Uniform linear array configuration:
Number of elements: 8
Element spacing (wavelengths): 0.5
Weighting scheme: hamming
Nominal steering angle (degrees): -30
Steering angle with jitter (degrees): -29.981
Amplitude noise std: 0.05
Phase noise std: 0.05

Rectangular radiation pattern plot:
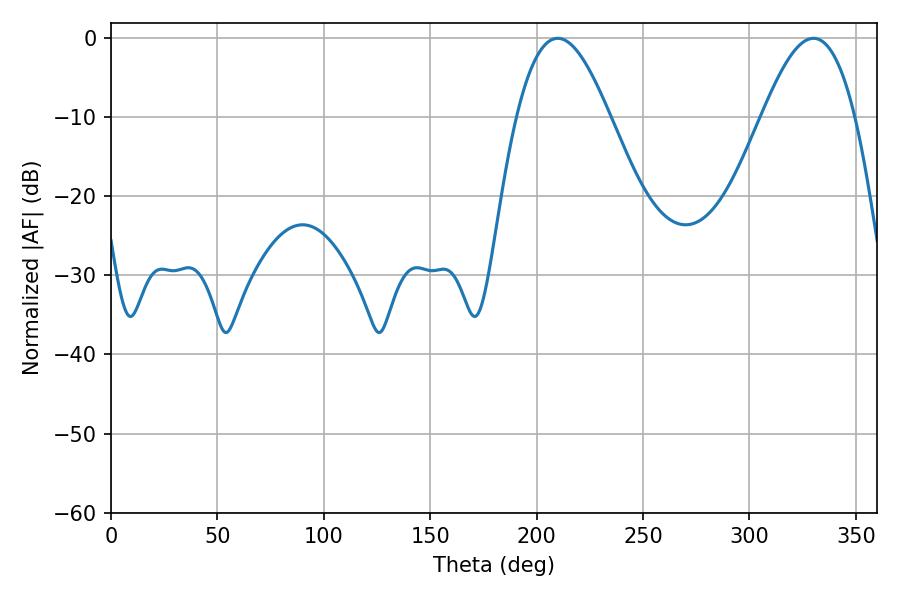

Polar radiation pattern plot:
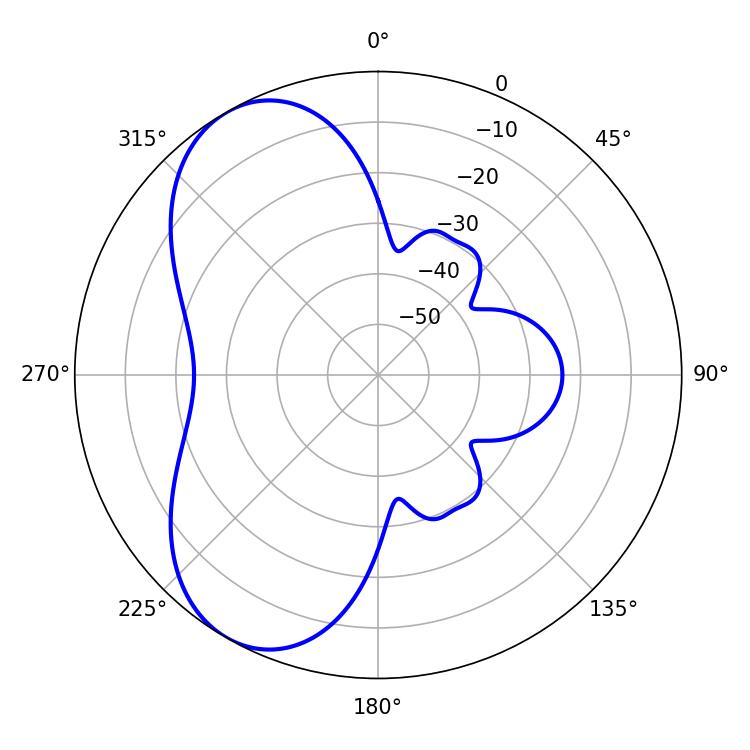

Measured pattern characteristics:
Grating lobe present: FALSE
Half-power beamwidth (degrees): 23.58
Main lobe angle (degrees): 209.88